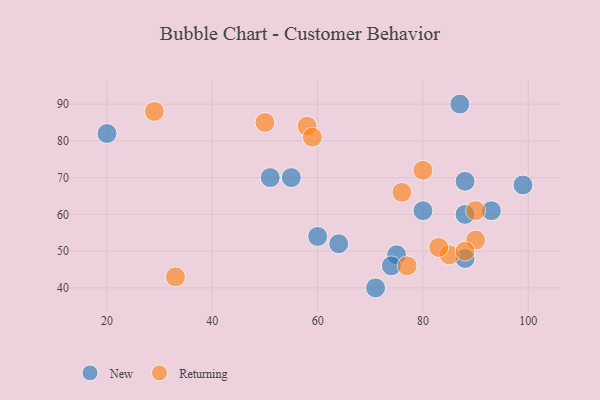
{"axis": {"x": "GDP", "y": "Life Expectancy"}, "legend": ["New", "Returning"], "data": [{"x": "60", "y": 54, "type": "New"}, {"x": "75", "y": 49, "type": "New"}, {"x": "88", "y": 60, "type": "New"}, {"x": "71", "y": 40, "type": "New"}, {"x": "55", "y": 70, "type": "New"}, {"x": "87", "y": 90, "type": "New"}, {"x": "88", "y": 48, "type": "New"}, {"x": "20", "y": 82, "type": "New"}, {"x": "80", "y": 61, "type": "New"}, {"x": "64", "y": 52, "type": "New"}, {"x": "99", "y": 68, "type": "New"}, {"x": "74", "y": 46, "type": "New"}, {"x": "93", "y": 61, "type": "New"}, {"x": "88", "y": 69, "type": "New"}, {"x": "51", "y": 70, "type": "New"}, {"x": "33", "y": 43, "type": "Returning"}, {"x": "90", "y": 61, "type": "Returning"}, {"x": "50", "y": 85, "type": "Returning"}, {"x": "77", "y": 46, "type": "Returning"}, {"x": "90", "y": 53, "type": "Returning"}, {"x": "76", "y": 66, "type": "Returning"}, {"x": "85", "y": 49, "type": "Returning"}, {"x": "29", "y": 88, "type": "Returning"}, {"x": "58", "y": 84, "type": "Returning"}, {"x": "83", "y": 51, "type": "Returning"}, {"x": "88", "y": 50, "type": "Returning"}, {"x": "59", "y": 81, "type": "Returning"}, {"x": "80", "y": 72, "type": "Returning"}]}